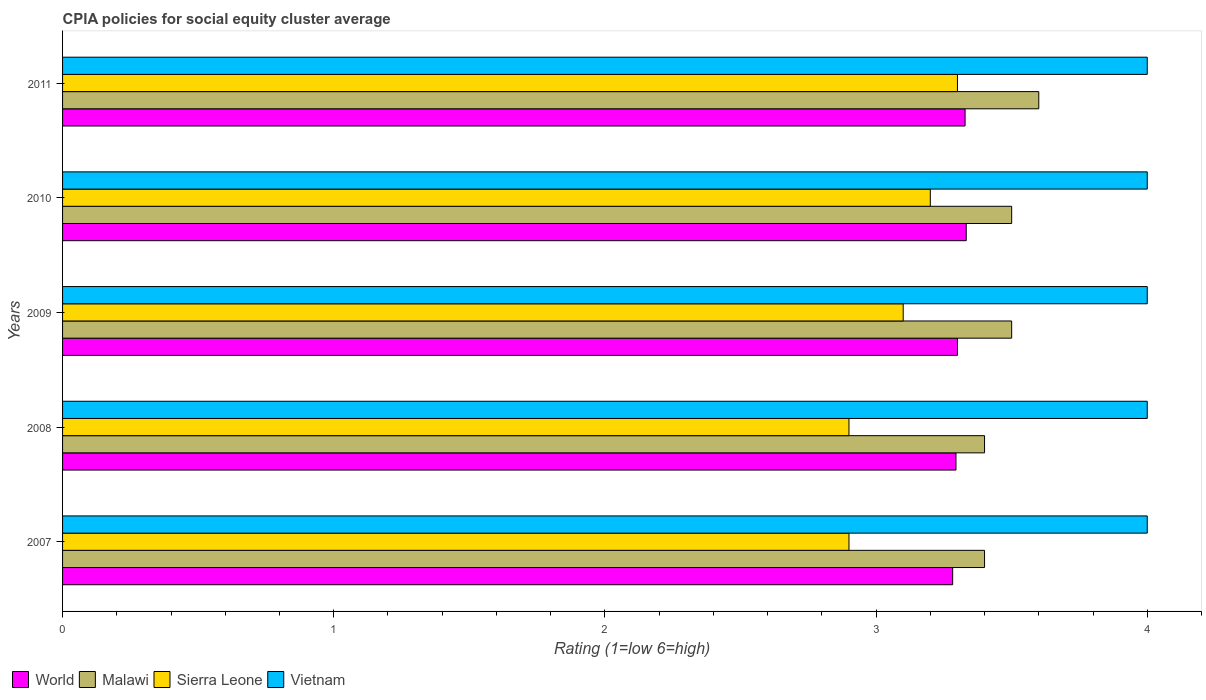
| Years | World | Malawi | Sierra Leone | Vietnam |
 | --- | --- | --- | --- | --- |
 | 2007 | 3.28 | 3.4 | 2.9 | 4 |
 | 2008 | 3.29 | 3.4 | 2.9 | 4 |
 | 2009 | 3.3 | 3.5 | 3.1 | 4 |
 | 2010 | 3.33 | 3.5 | 3.2 | 4 |
 | 2011 | 3.33 | 3.6 | 3.3 | 4 |